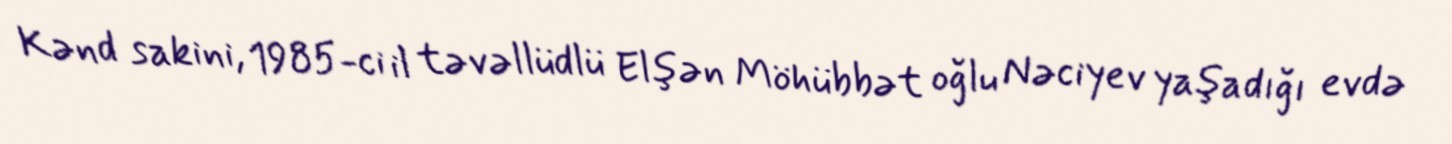
Kənd sakini, 1985-ci il təvəllüdlü Elşən Möhübbət oğlu Nəciyev yaşadığı evdə